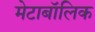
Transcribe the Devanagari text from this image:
मेटाबॉलिक